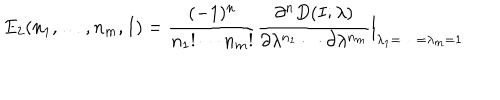
E _ { 2 } ( n _ { 1 } , \ldots , n _ { m } , I ) = { \frac { ( - 1 ) ^ { n } } { n _ { 1 } ! \cdots n _ { m } ! } } { \frac { \partial ^ { n } D ( I ; \lambda ) } { \partial \lambda ^ { n _ { 1 } } \cdots \partial \lambda ^ { n _ { m } } } } \Bigr \vert _ { \lambda _ { 1 } = \cdots = \lambda _ { m } = 1 }